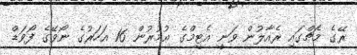
ރޭގެ މެޗްގައި ރެއާލުން ވަނީ އެޓީމްގެ ޢުމުރުން 16 އަހަރުގެ ނޯވޭގެ ފޯވަޑް